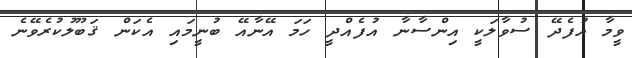
ވީމާ އުފެދޭ ސުވާލަކީ އިންސާނާ އުފެއްދީ ހަމަ އޭނާއޭ ބުނީމައި އެކަން ޤަބޫލުކުރެވޭނެ